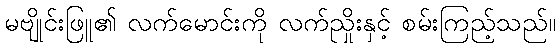
မဗျိုင်းဖြူ၏ လက်မောင်းကို လက်ညှိုးနှင့် စမ်းကြည့်သည်။